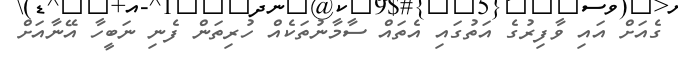
ގެއަށް އައި ވާފިރުގެ އަތުގައި އެތައް ސާމާނުތަކެއް ހުރިތަން ފެނި ނަބީހާ އޭނާއަށް